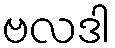
ဗလဒါ